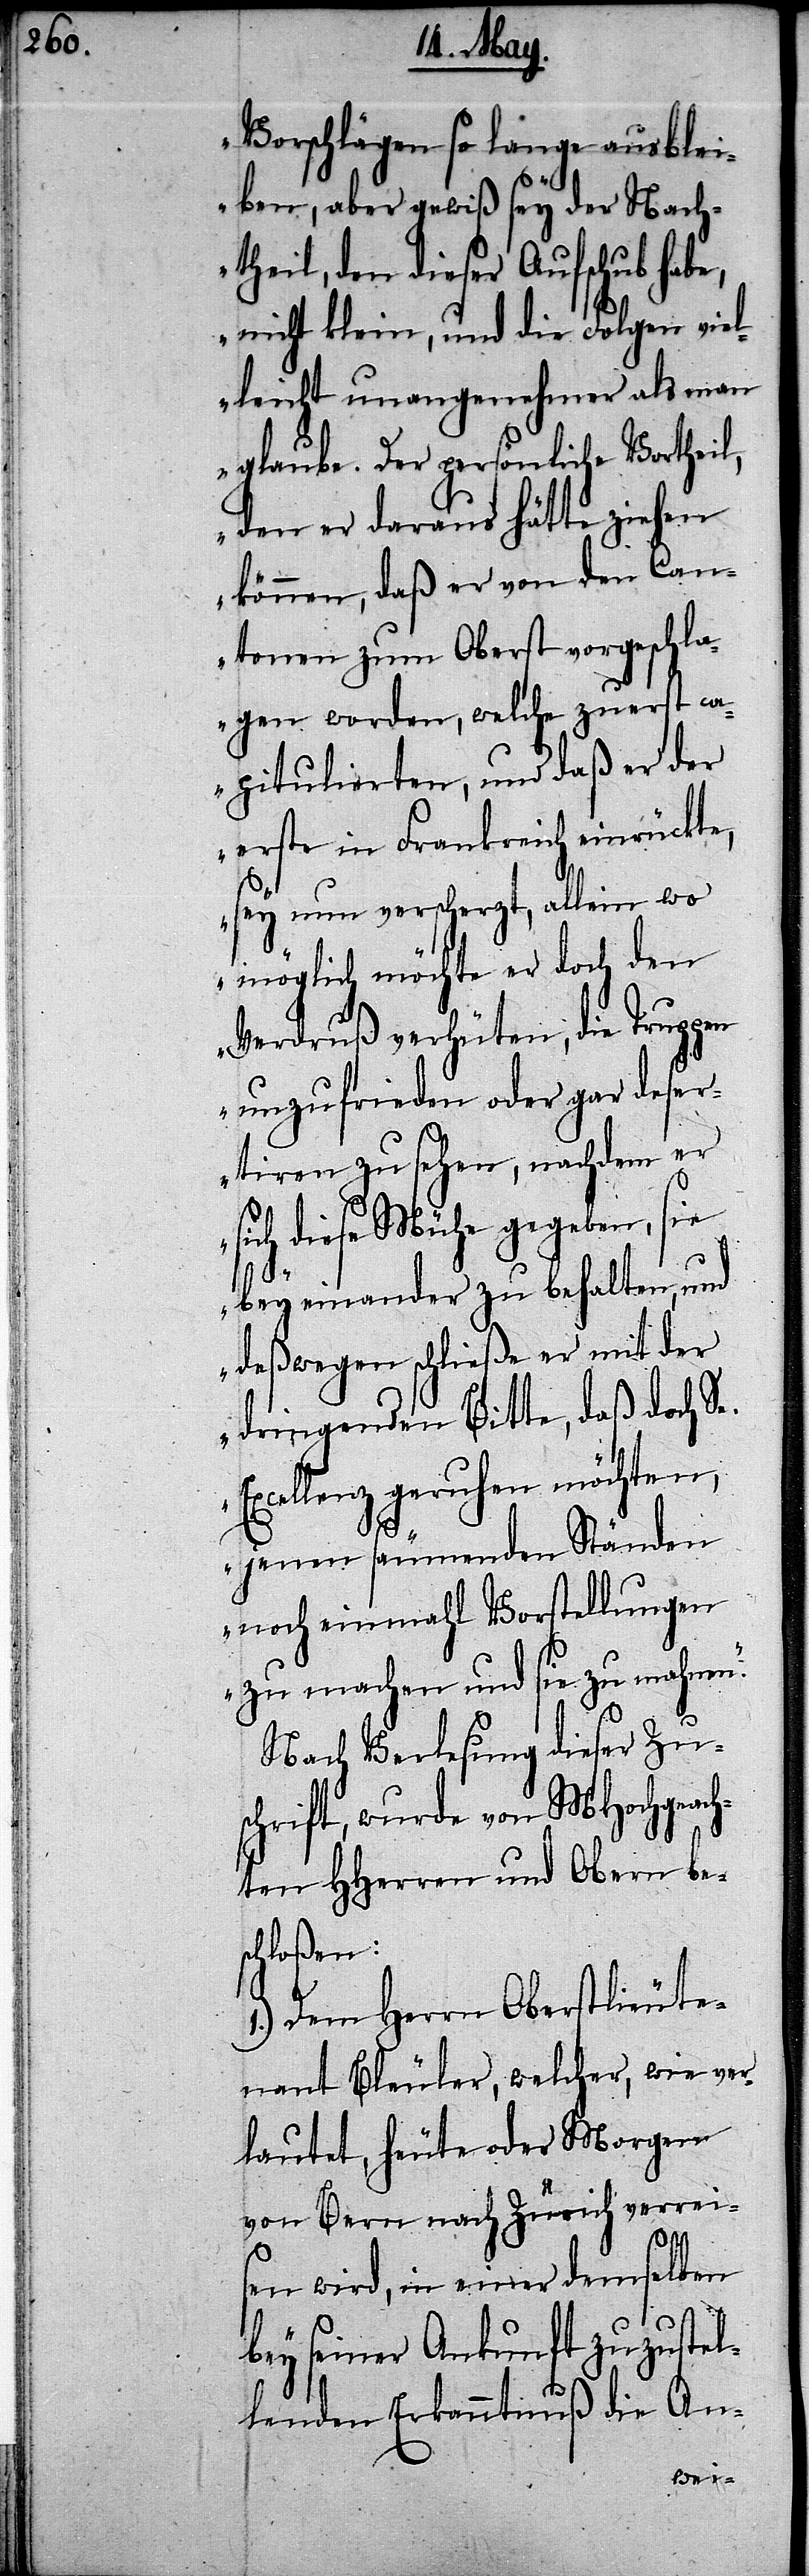
Vorschlägen so lange ausblei¬
ben, aber gewiß sey der Nach¬
theil, den dieser Aufschub hab¬
e, nicht klein, und die Folgen viel¬
leicht unangenehmer als man
glaube. Der persönliche Vortheil,
den er daraus hätte ziehen
können, daß er von den Can¬
tonen zum Oberst vorgeschla¬
gen worden, welche zuerst ca¬
pitulierten, und daß er der
erste in Frankreich einrückte,
sey nun verscherzt, allein wo
möglich möchte er doch den
Verdruß verhüten, die Truppen
unzufrieden oder gar deser¬
tieren zu sehen, nachdem er
sich diese Mühe gegeben, sie
E¬
bey einander zu behalten, und
deßwegen schließe er mit der
dringenden Bitte, daß doch Se.
xcellenz geruhen möchten,
jenen säumenden Ständen
noch einmahl Vorstellungen
zu machen und sie zu mahnen.“
Nach Verlesung dieser Zus¬
chrift, wurde von MHochgeach¬
ten HHerren und Obern bes¬
chloßen:
1.) Dem Herrn Oberstlieute¬
nant Bleuler, welcher, wie ver¬
lautet, heute oder Morgen
von Bern nach Zürich verrei¬
sen wird, in einer demselben
bey seiner Ankunft zuzustel¬
lenden Erkanntnuß die An-